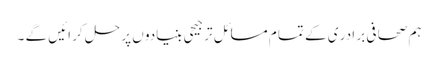
ہم صحا فی بر ادر ی کے تما م مسا ئل تر جیحی بنیادو ں پر حل کر ائیں گے ۔